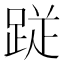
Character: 𮛙